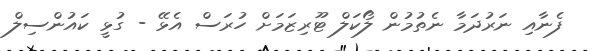
ފެނާއި ނަރުދަމާ ނެތުމުން ލޯކަލް ޓޫރިޒަމަށް ހުރަސް އެޅޭ - ގުޅީ ކައުންސިލް